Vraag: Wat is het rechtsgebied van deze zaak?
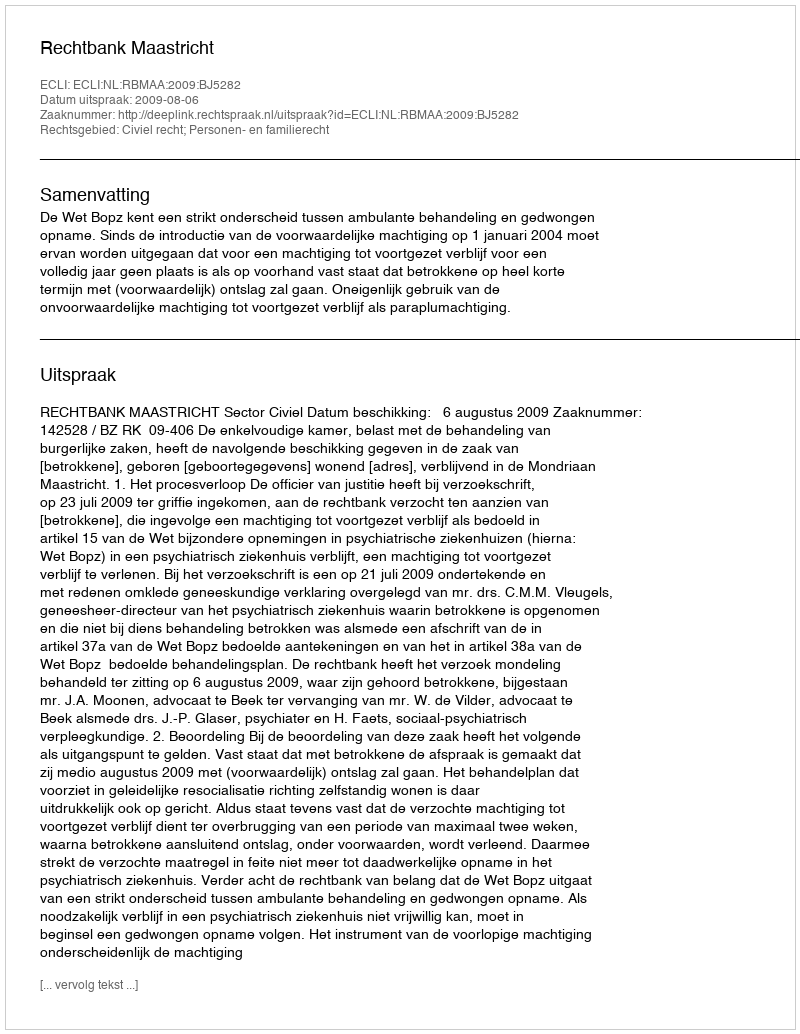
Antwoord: Civiel recht; Personen- en familierecht